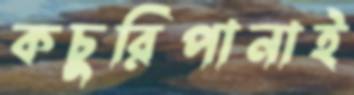
কচুরিপানাই